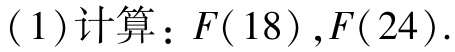
(1)计算：$F(18),F(24).$